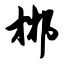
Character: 郴